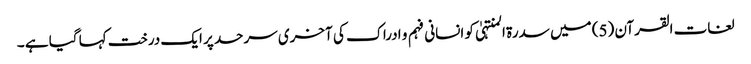
لغات القرآن (5) میں سدرة المنتہیٰ کو انسانی فہم و ادراک کی آخری سرحد پر ایک درخت کہا گیا ہے ۔